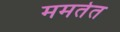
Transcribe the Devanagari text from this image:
ममतेत